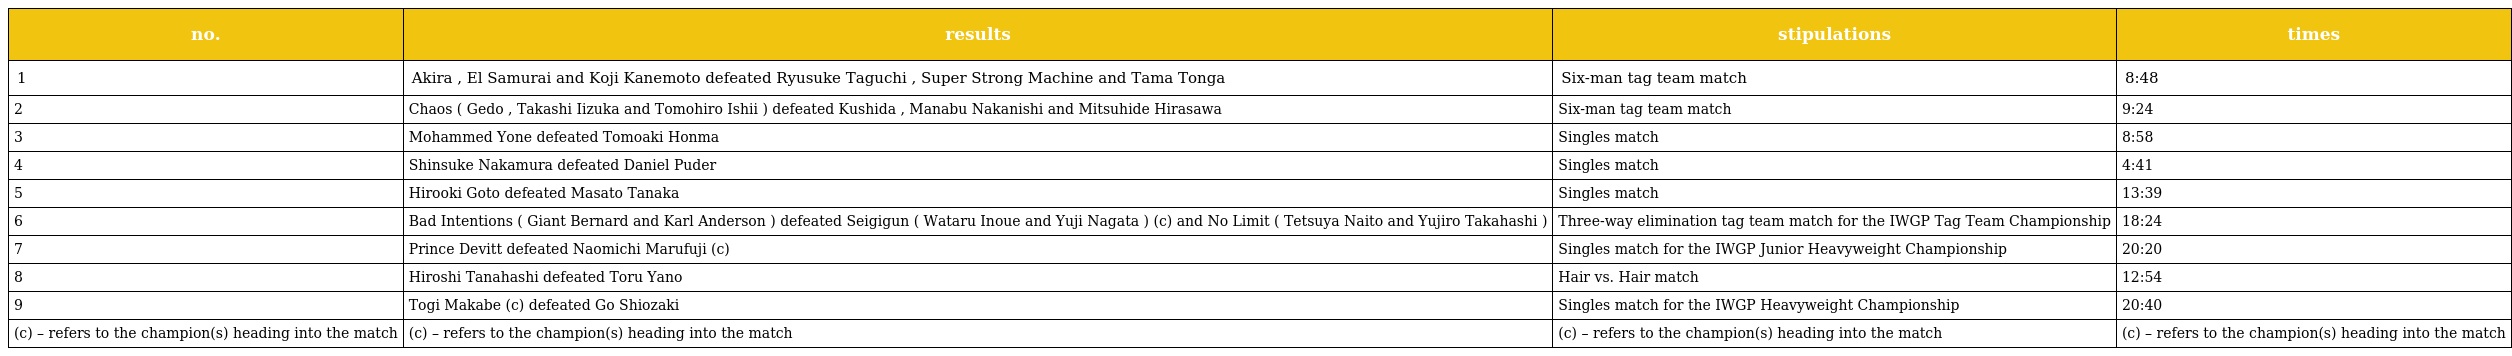
| no. | results | stipulations | times |
 | --- | --- | --- | --- |
 | 1 | Akira , El Samurai and Koji Kanemoto defeated Ryusuke Taguchi , Super Strong Machine and Tama Tonga | Six-man tag team match | 8:48 |
 | 2 | Chaos ( Gedo , Takashi Iizuka and Tomohiro Ishii ) defeated Kushida , Manabu Nakanishi and Mitsuhide Hirasawa | Six-man tag team match | 9:24 |
 | 3 | Mohammed Yone defeated Tomoaki Honma | Singles match | 8:58 |
 | 4 | Shinsuke Nakamura defeated Daniel Puder | Singles match | 4:41 |
 | 5 | Hirooki Goto defeated Masato Tanaka | Singles match | 13:39 |
 | 6 | Bad Intentions ( Giant Bernard and Karl Anderson ) defeated Seigigun ( Wataru Inoue and Yuji Nagata ) (c) and No Limit ( Tetsuya Naito and Yujiro Takahashi ) | Three-way elimination tag team match for the IWGP Tag Team Championship | 18:24 |
 | 7 | Prince Devitt defeated Naomichi Marufuji (c) | Singles match for the IWGP Junior Heavyweight Championship | 20:20 |
 | 8 | Hiroshi Tanahashi defeated Toru Yano | Hair vs. Hair match | 12:54 |
 | 9 | Togi Makabe (c) defeated Go Shiozaki | Singles match for the IWGP Heavyweight Championship | 20:40 |
 | (c) – refers to the champion(s) heading into the match | (c) – refers to the champion(s) heading into the match | (c) – refers to the champion(s) heading into the match | (c) – refers to the champion(s) heading into the match |